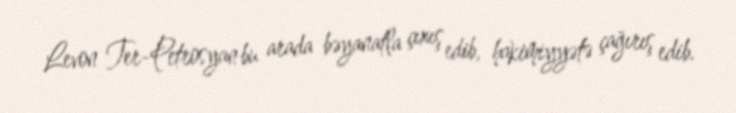
Levon Ter-Petrosyan bu arada bəyanatla çıxış edib, hakimiyyətə çağırış edib.